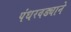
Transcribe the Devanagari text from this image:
पंधरवड्याने